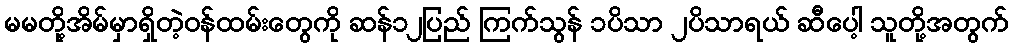
မမတို့အိမ်မှာရှိတဲ့ဝန်ထမ်းတွေကို ဆန်၁၂ပြည် ကြက်သွန် ၁ပိသာ ၂ပိသာရယ် ဆီပေါ့ သူတို့အတွက်